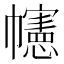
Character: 幰